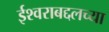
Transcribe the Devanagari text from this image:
ईश्वराबद्दलच्या